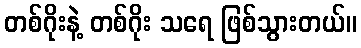
တစ်ဂိုးနဲ့ တစ်ဂိုး သရေ ဖြစ်သွားတယ်။